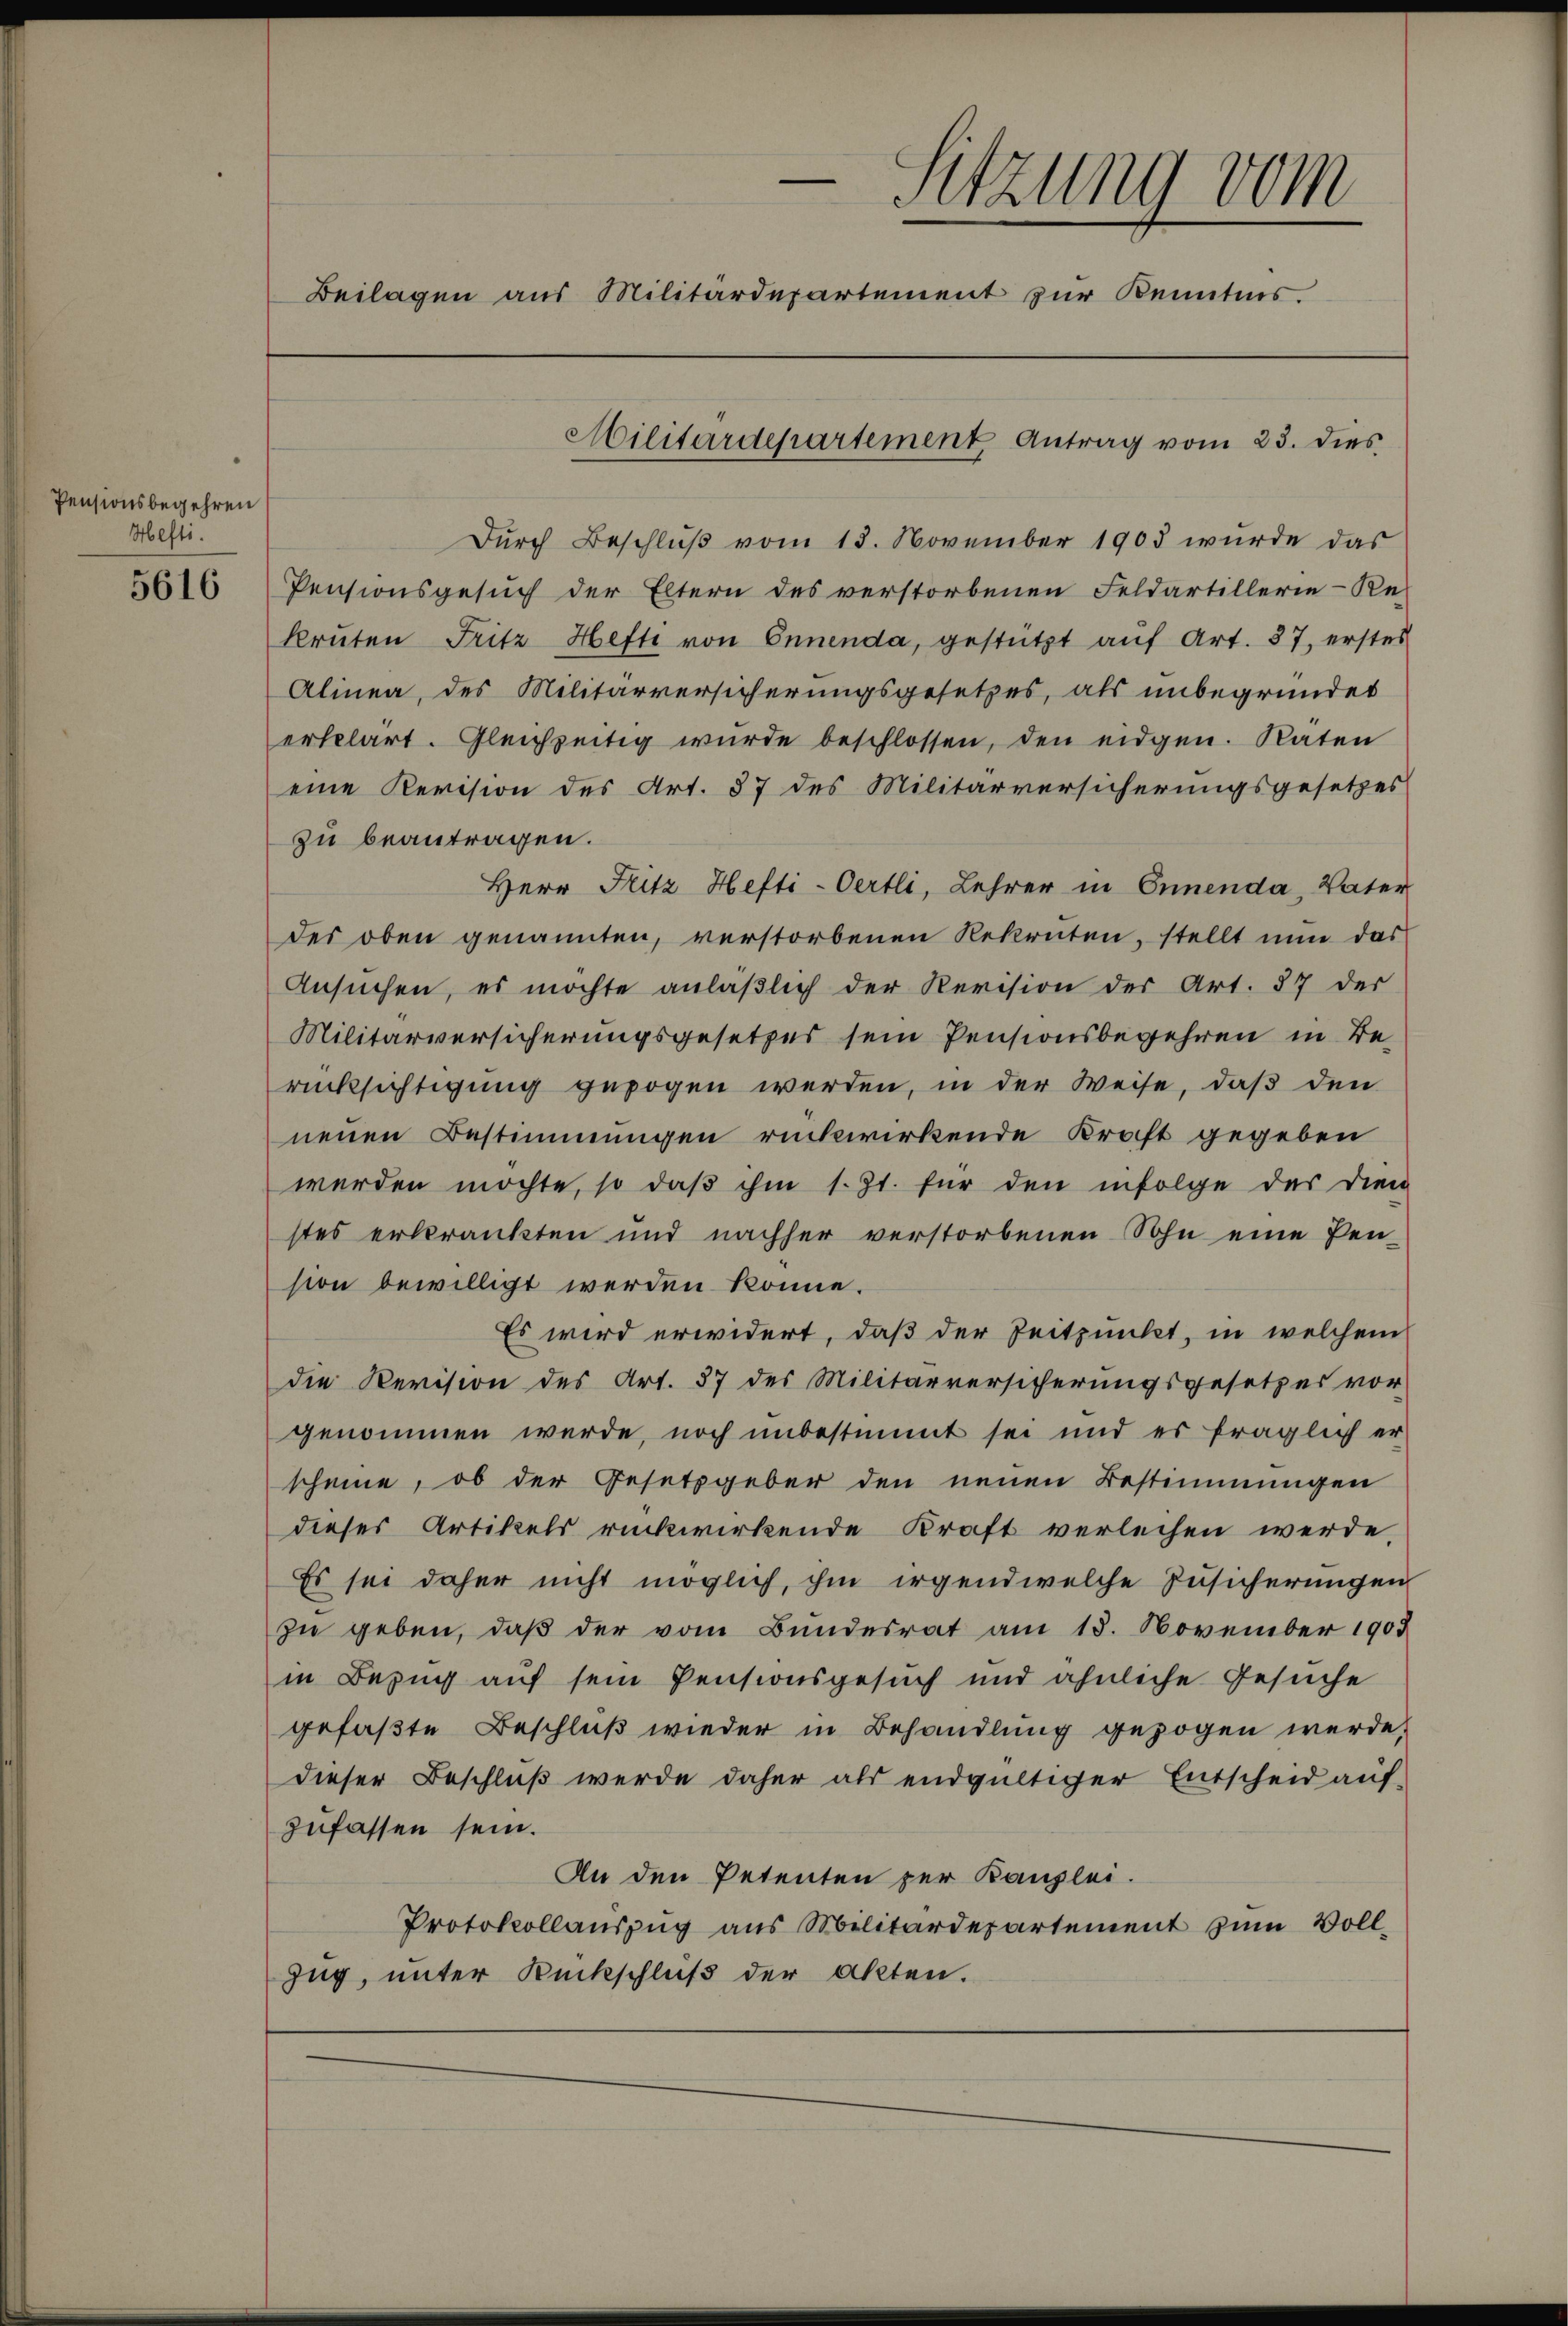
Pensionsbegehren
Hefti.

5616

Sitzung vom
Beilagen aus Militärdepartement zur Kenntnis.
Militärdepartement Antrag vom 23. dies

Dŭrch Beschlŭβ vom 13. November 1903 wurde das
Pensionsgesuch der Eltern des verstorbenen Feldartillerie-Re-
kruten Fritz Hefti von Ennenda, gestützt aŭf Art. 87, erstes
Alinea, des Militärversicherungsgesetzes, als unbegründet
erklärt. Gleichzeitig wurde beschlossen, den eidgen. Raten
eine Revision des Art. 57 des Militärversicherungsgesetzes
zu beantragen.
Herr Fritz Hefti-Oertli, Lehrer in Ennenda, Vater
der oben genannten, verstorbenen Rekruten, stellt nŭn das
Ansuchen, es möchte anläβlich der Revision der Art. 87 der
Militärversicherungsgesetzes sein Pensionsbegehren in Berücksichtigung gezogen werden, in der Weise, daß den
neuen Bestimmungen rückwirkende Kraft gegeben
werden möchte, so daβ ihm s. Zt. für den infolge das dien
stes erkränkten und nachher verstorbenen Sohn eine Pen-
sion bewilligt werden könne.
Es wird erwidert, daß der Zeitpunkt, in welchem
die Revision des Art. 87 des Militärversicherungsgesetzes vor
genommen werde, noch unbestimmt sei und es fraglich er-
scheine, ob der Gesetzgeber den neuen Bestimmungen
dieses Artikels rückwirkende Kraft verleichen werde,
Es sei daher nicht möglich, ihm irgendwelche Zusicherungen
zu geben, daß der vom Bundesrat am 18. November 1903
in Bezug auf sein Pensionsgesuch und ähnliche Gesuche
gefaßte Beschluß wieder in Behandlung gezogen werde,
dieser Beschluß werde daher als endgültiger Entscheid auf-
zufassen sein.
An den Petenten per Kanzlei.
Protokollauszug aus Militärdepartement zum Voll¬
Zug, unter Rückschluß der Akten.